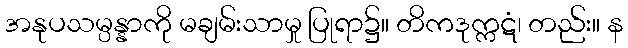
အနုပသမ္ပန္နာကို မချမ်းသာမှု ပြုရာ၌။ တိကဒုက္ကဋံ၊ တည်း။ န